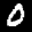
Label: 0